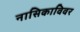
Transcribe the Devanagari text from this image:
नासिकाविवर